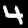
Digit: 4